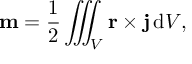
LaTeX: \mathbf { m } = { \frac { 1 } { 2 } } \iiint _ { V } \mathbf { r } \times \mathbf { j } \, \mathrm { { d } } V ,